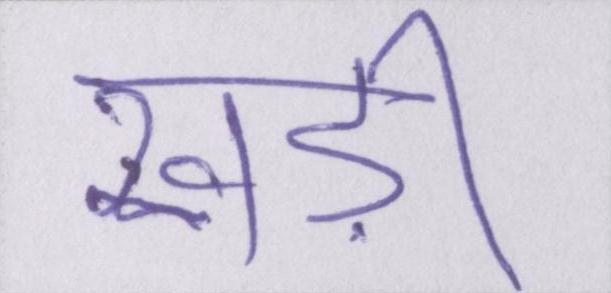
खड़ी